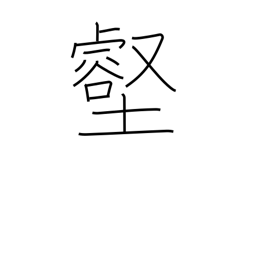
Meaning: valley